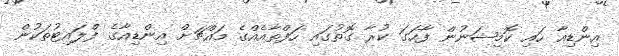
އިންޑިއާ ހައި ކޮމިޝަނުން ފާހަގަ ކުރާ ގޮތުގައި ހަފްތާއެއްގެ މައްޗަށް އިންޑިއާގެ ފްލައިޓުތަކުން